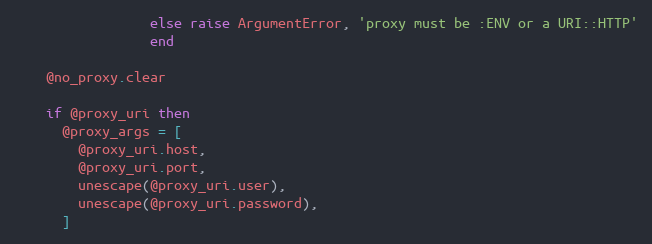
Language: Ruby
                 else raise ArgumentError, 'proxy must be :ENV or a URI::HTTP'
                 end

    @no_proxy.clear

    if @proxy_uri then
      @proxy_args = [
        @proxy_uri.host,
        @proxy_uri.port,
        unescape(@proxy_uri.user),
        unescape(@proxy_uri.password),
      ]